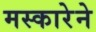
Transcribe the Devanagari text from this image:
मस्कारेने